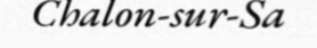
Chalon-sur-Sa